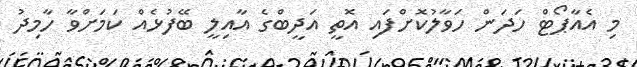
މި އެއާޕޯޓް ހަދަން ހަވާލުކޮށްފައި އޮތީ އަދީބްގެ އާއިލީ ބޭފުޅެއް ކަމަށްވާ ހާމިދު